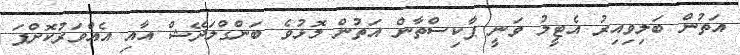
އަތުން ބަލިވިއިރު އެޓީމު ވަނީ ޕާކިސްތާން އަތުން މޮޅުވެ ބަންގްލަދޭޝް އާއި އެއްވަރުކޮށްފަ